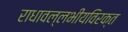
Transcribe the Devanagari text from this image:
राधावल्लभीयविरक्त